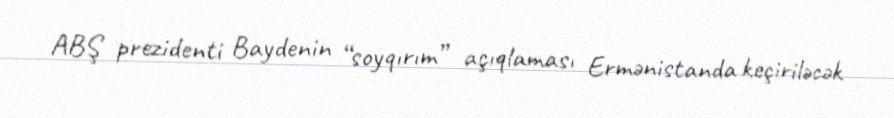
ABŞ prezidenti Baydenin “soyqırım” açıqlaması Ermənistanda keçiriləcək